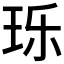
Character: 𬍛